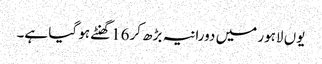
یوں لاہور میں دورانیہ بڑھ کر16گھنٹے ہو گیا ہے۔